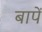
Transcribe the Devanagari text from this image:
बापें